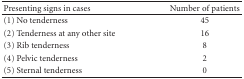
| Presenting signs in cases | Number of patients |
 | --- | --- |
 | (1) No tenderness | 45 |
 | (2) Tenderness at any other site | 16 |
 | (3) Rib tenderness | 8 |
 | (4) Pelvic tenderness | 2 |
 | (5) Sternal tenderness | 0 |